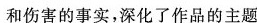
和伤害的事实，深化了作品的主题